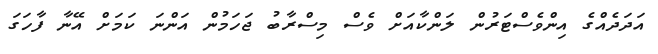
އަދަދެއްގެ އިންވެސްޓަރުން ލަންކާއަށް ވެސް މިސްރާބު ޖަހަމުން އަންނަ ކަމަށް އޭނާ ފާހަގަ